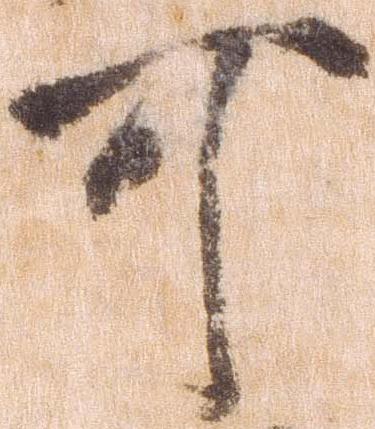
可